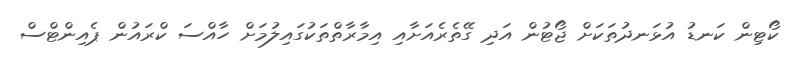
ކޯޓިން ކަނޑު އުޅަނދުތަކަށް ޖޯޓުން އަދި ގޭތެރެއަށާއި އިމާރާތްތަކުގައިލުމަށް ހާއްސަ ކްރައުން ޕެއިންޓްސް